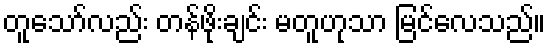
တူသော်လည်း တန်ဖိုးချင်း မတူဟုသာ မြင်လေသည်။